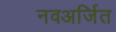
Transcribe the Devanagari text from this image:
नवअर्जित